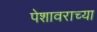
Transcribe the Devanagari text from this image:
पेशावराच्या